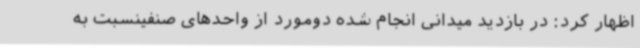
اظهار کرد: در بازدید میدانی انجام شده دومورد از واحدهای صنفینسبت به